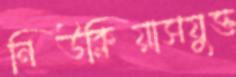
নিউক্লিয়াসযুক্ত